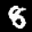
Label: 8